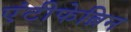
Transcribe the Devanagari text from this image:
एंटीफेब्रिन